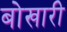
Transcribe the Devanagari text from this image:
बोखारी